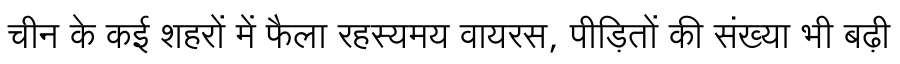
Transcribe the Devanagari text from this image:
चीन के कई शहरों में फैला रहस्यमय वायरस, पीड़ितों की संख्या भी बढ़ी